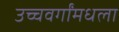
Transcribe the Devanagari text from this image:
उच्चवर्गांमधला